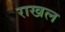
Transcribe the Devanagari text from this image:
राखल